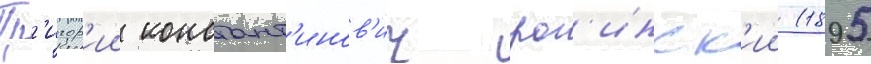
Гр'игор'ии констант'инов'ич рог'инск'ии (1895